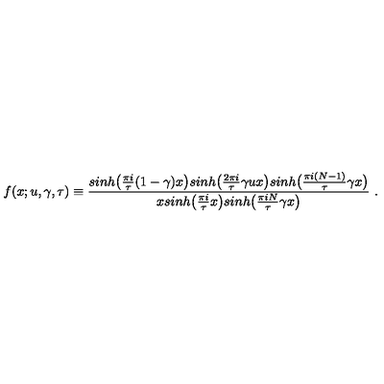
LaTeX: f ( x ; u , \gamma , \tau ) \equiv { \frac { s i n h \big ( { \frac { \pi i } { \tau } } ( 1 - \gamma ) x \big ) s i n h \big ( { \frac { 2 \pi i } { \tau } } \gamma u x \big ) s i n h \big ( { \frac { \pi i ( N - 1 ) } { \tau } } \gamma x \big ) } { x s i n h \big ( { \frac { \pi i } { \tau } } x \big ) s i n h \big ( { \frac { \pi i N } { \tau } } \gamma x \big ) } } \ .